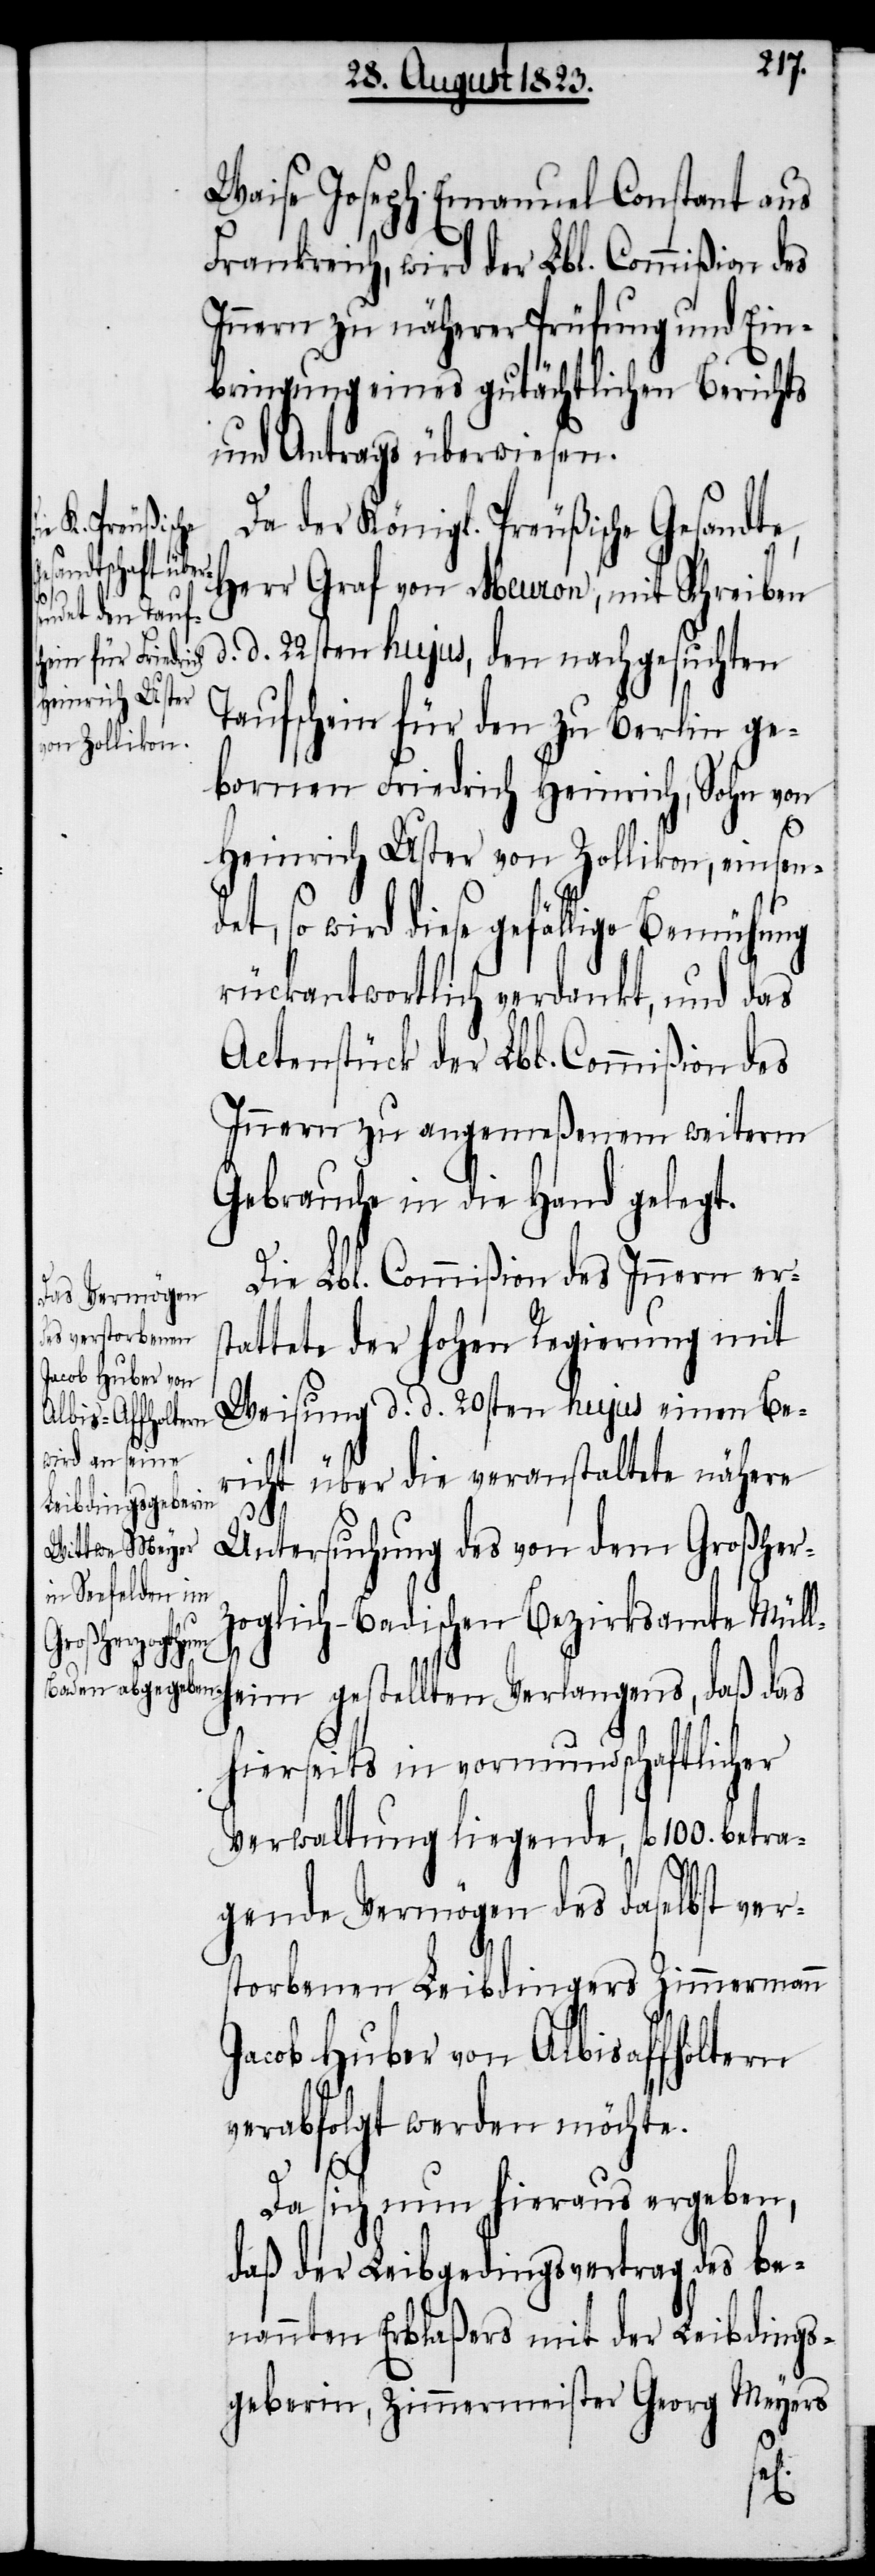
Waise Joseph Emanuel Constant aus
Frankreich, wird der Lbl. Commißion des
Innern zu näherer Prüfung und Ein¬
bringung eines gutächtlichen Berichts
und Antrags überwiesen.
Da der Königl. Preußische Gesandt¬
e, Herr Graf von Meuron, mit Schreiben
d. d. 22sten hujus, den nachgesuchten
Taufschein für den zu Berlin ge¬
bornen Friedrich Heinrich, Sohn von
Heinrich Uster von Zollikon, einsen¬
diese gefällige Bemühung
rückantwortlich verdankt, und das
Actenstück der Lbl. Commißion des
Innern zu angemeßenem weiterm
Gebrauche in die Hand gelegt.
Die Lbl. Commißion des Innern ers¬
tattete der hohen Regierung mit
Weisung d. d. 20sten hujus einen Be¬
richt über die veranstaltete nähere
Untersuchung des von dem Großher¬
zoglich-Badischen Bezirksamte Müll¬
ten Verlangens,
hierseits in vormundschaftlicher
Verwaltung liegende, fl 100. betra¬
gende Vermögen des daselbst ver¬
storbenen Leibdingers Zimmermann
Jacob Huber von Albisaffholtern
verabfolgt werden möchte.
Da sich nun hieraus ergeben,
daß der Leibgedingsvertrag des be¬
nannten Erblaßers mit der Leibdings¬
geberin, Zimmermeister Georg Meyers